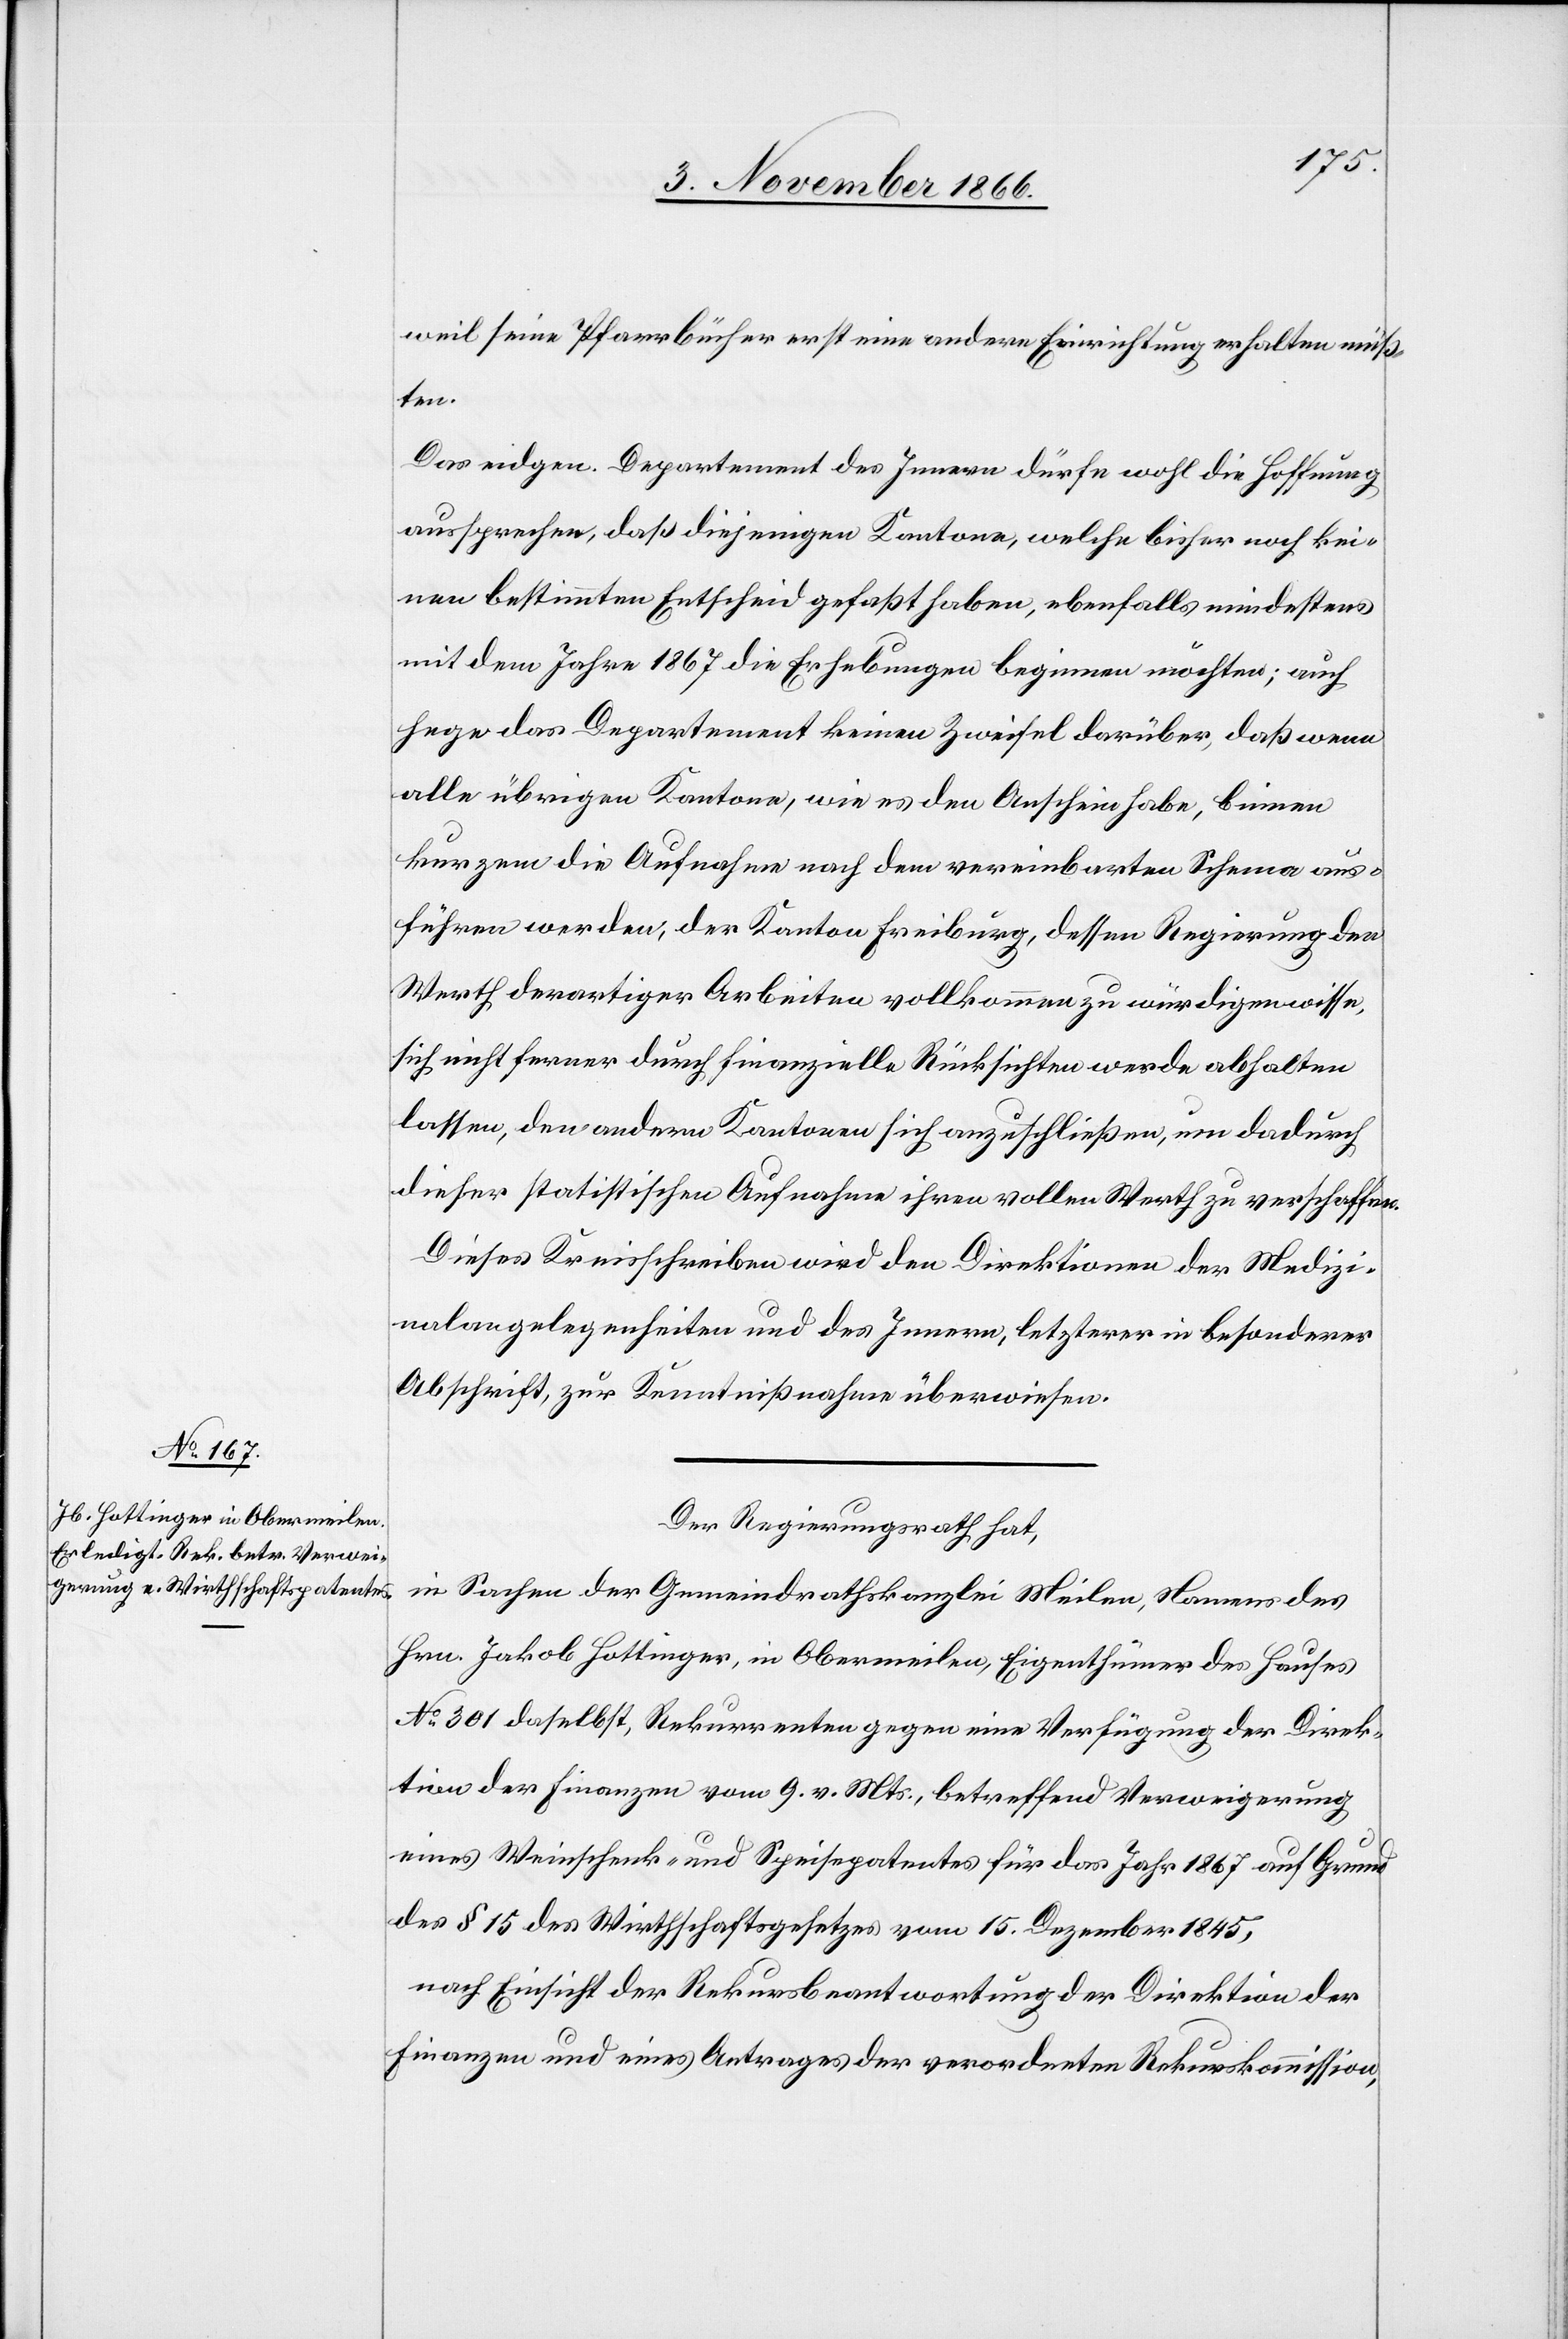
weil seine Pfarrbücher erst eine andere Einrichtung erhalten müß¬
ten.
Das eidgen. Departement des Innern dürfe wohl die Hoffnung
aussprechen, daß diejenigen Kantone, welche bisher noch kei¬
nen bestimmten Entscheid gefaßt haben, ebenfalls mindestens
mit dem Jahre 1867 die Erhebungen beginnen möchten; auch
hege das Departement keinen Zweifel darüber, daß wenn
alle übrigen Kantone, wie es den Anschein habe, binnen
kurzem die Aufnahme nach dem vereinbarten Schema aus¬
führen werden, der Kanton Freiburg, dessen Regierung den
Werth derartiger Arbeiten vollkommen zu würdigen wisse,
sich nicht ferner durch finanzielle Rücksichten werde abhalten
lassen, den andern Kantonen sich anzuschließen, um dadurch
dieser statistischen Aufnahme ihren vollen Werth zu verschaffen.
Dieses Kreisschreiben wird den Direktionen der Medizi¬
nalangelegenheiten und des Innern, letzterer in besonderer
Abschrift, zur Kenntnißnahme überwiesen.
Der Regierungsrath hat,
in Sachen der Gemeindrathskanzlei Meilen, Namens des
Hrn. Jakob Hottinger, in Obermeilen, Eigenthümer des Hauses
No. 301 daselbst, Rekurrenten gegen eine Verfügung der Direk¬
tion der Finanzen vom 9. v. Mts., betreffend Verweigerung
eines Weinschenk- und Speisepatentes für das Jahr 1867 auf Grund
des § 15 des Wirthschaftsgesetzes vom 15. Dezember 1845,
nach Einsicht der Rekursbeantwortung der Direktion der
Finanzen und eines Antrages der verordneten Rekurskommission,